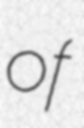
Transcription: of